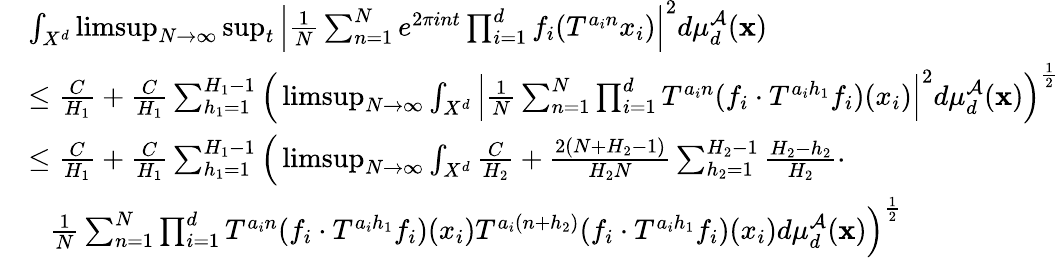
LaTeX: \begin{array}{rl}&{\int_{X^{d}}\operatorname*{limsup}_{N\rightarrow\infty}\operatorname*{sup}_{t}\Big|\frac{1}{N}\sum_{n=1}^{N}e^{2\pi int}\prod_{i=1}^{d}f_{i}(T^{a_{i}n}x_{i})\Big|^{2}d\mu_{d}^{\mathcal{A}}(\textbf{x})}\\ &{\le\frac{C}{H_{1}}+\frac{C}{H_{1}}\sum_{h_{1}=1}^{H_{1}-1}\Big(\operatorname*{limsup}_{N\rightarrow\infty}\int_{X^{d}}\Big|\frac{1}{N}\sum_{n=1}^{N}\prod_{i=1}^{d}T^{a_{i}n}(f_{i}\cdot T^{a_{i}h_{1}}f_{i})(x_{i})\Big|^{2}d\mu_{d}^{\mathcal{A}}(\textbf{x})\Big)^{\frac{1}{2}}}\\ &{\le\frac{C}{H_{1}}+\frac{C}{H_{1}}\sum_{h_{1}=1}^{H_{1}-1}\Big(\operatorname*{limsup}_{N\rightarrow\infty}\int_{X^{d}}\frac{C}{H_{2}}+\frac{2(N+H_{2}-1)}{H_{2}N}\sum_{h_{2}=1}^{H_{2}-1}\frac{H_{2}-h_{2}}{H_{2}}\cdot}\\ &{\ \ \ \frac{1}{N}\sum_{n=1}^{N}\prod_{i=1}^{d}T^{a_{i}n}(f_{i}\cdot T^{a_{i}h_{1}}f_{i})(x_{i})T^{a_{i}(n+h_{2})}(f_{i}\cdot T^{a_{i}h_{1}}f_{i})(x_{i})d\mu_{d}^{\mathcal{A}}(\textbf{x})\Big)^{\frac{1}{2}}}\end{array}